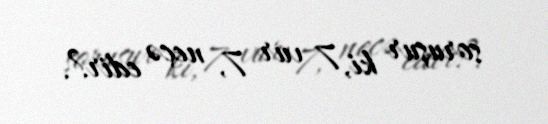
soruşur ki, 7 vur 7, neçə edir?.